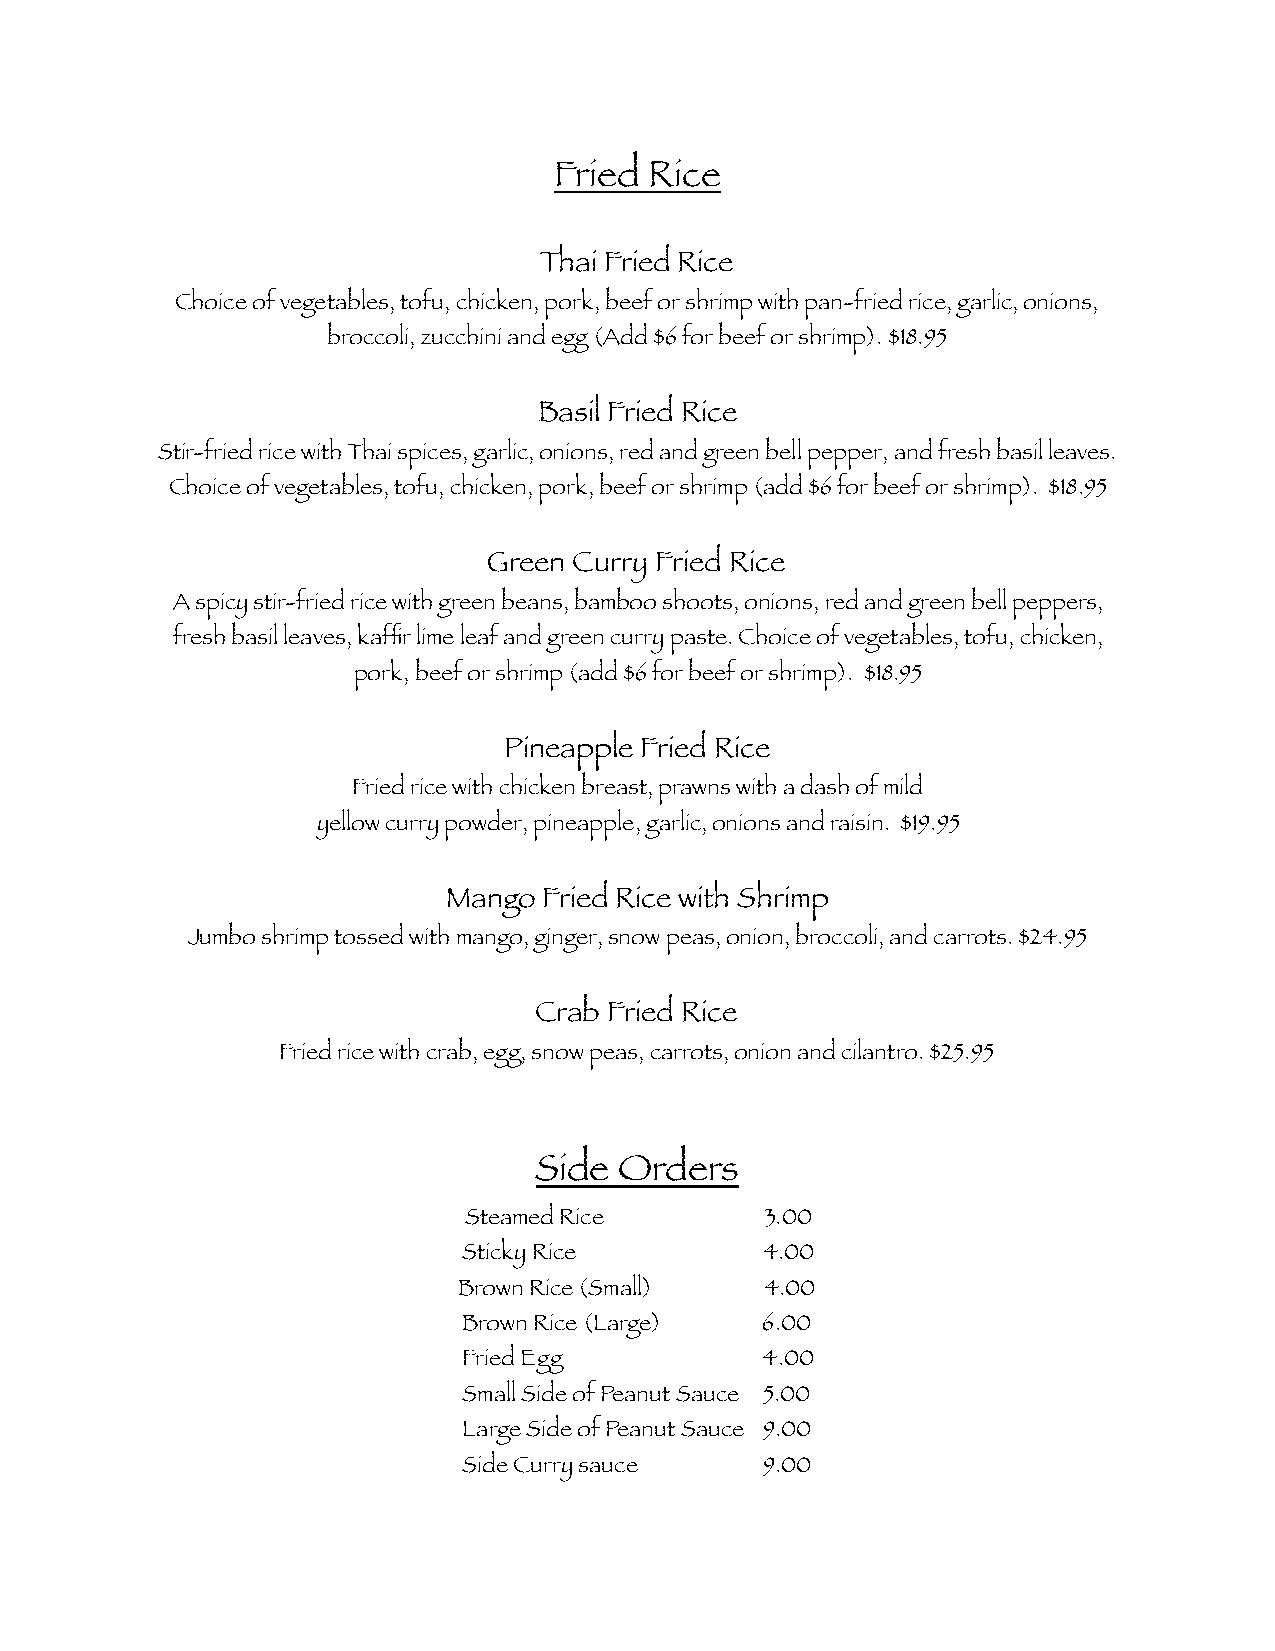
Fried Rice
 Thai Fried Rice
 Choice of vegetables, tofu, chicken, pork, beef or shrimp with pan-fried rice, garlic, onions,
 broccoli, zucchini and egg (Add $6 for beef or shrimp). $18.95
 Basil Fried Rice
 Stir-fried rice with Thai spices, garlic, onions, red and green bell pepper, and fresh basil leaves.
 Choice of vegetables, tofu, chicken, pork, beef or shrimp (add $6 for beef or shrimp). $18.95
 Green Curry Fried Rice
 A spicy stir-fried rice with green beans, bamboo shoots, onions, red and green bell peppers,
 fresh basil leaves, kaffir lime leaf and green curry paste. Choice of vegetables, tofu, chicken,
 pork, beef or shrimp (add $6 for beef or shrimp). $18.95
 Pineapple Fried Rice
 Fried rice with chicken breast, prawns with a dash of mild
 yellow curry powder, pineapple, garlic, onions and raisin. $19.95
 Mango Fried Rice with Shrimp
 Jumbo shrimp tossed with mango, ginger, snow peas, onion, broccoli, and carrots. $24.95
 Crab Fried Rice
 Fried rice with crab, egg, snow peas, carrots, onion and cilantro. $25.95
 Side  Orders
 Steamed Rice        3.00
 Sticky Rice        4.00
 Brown Rice (Small)   4.00
 Brown Rice (Large) 6.00
 Fried Egg          4.00
 Small Side of Peanut Sauce 5.00
 Large Side of Peanut Sauce 9.00
 Side Curry sauce   9.00